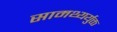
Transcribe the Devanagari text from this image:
सामथ्यर्युक्त